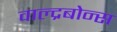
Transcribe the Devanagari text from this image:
वाल्द्रबोन्स